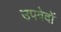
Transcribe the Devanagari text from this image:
उपवेदाें